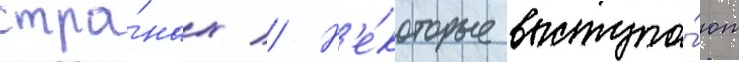
стра́нах // Н'е́которые выступа́ют